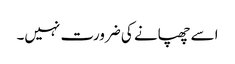
اسے چھپانے کی ضرورت نہیں۔